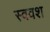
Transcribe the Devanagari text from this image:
स्ववश